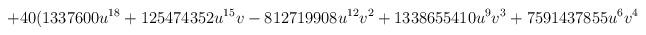
LaTeX: \begin{align*}+40(1337600u^{18}+125474352u^{15}v - 812719908u^{12}v^2 +1338655410u^9 v^3 +7591437855u^6 v^4\end{align*}